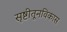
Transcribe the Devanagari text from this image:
सृष्टीतूनविकास